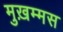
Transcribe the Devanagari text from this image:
मुख़म्मस